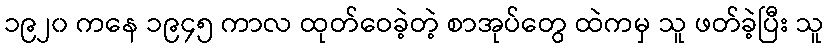
၁၉၂၀ ကနေ ၁၉၄၅ ကာလ ထုတ်ဝေခဲ့တဲ့ စာအုပ်တွေ ထဲကမှ သူ ဖတ်ခဲ့ပြီး သူ